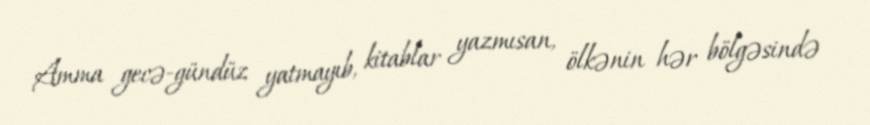
Amma gecə-gündüz yatmayıb, kitablar yazmısan, ölkənin hər bölgəsində